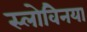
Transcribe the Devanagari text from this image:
स्लोवेिनया